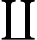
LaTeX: \coprod